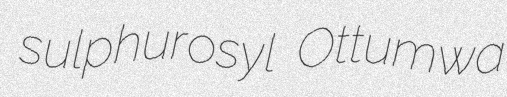
sulphurosyl Ottumwa